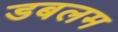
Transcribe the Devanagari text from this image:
डबलम